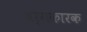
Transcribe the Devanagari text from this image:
वर्गकारक